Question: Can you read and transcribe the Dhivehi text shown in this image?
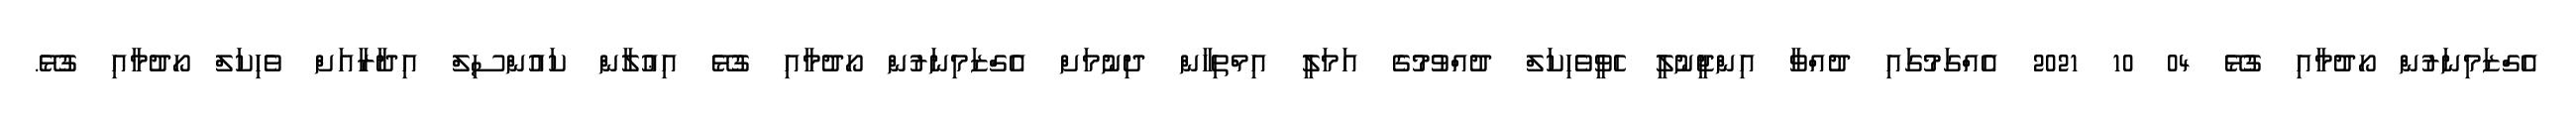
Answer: އެގްޒަމިނަރުން ހޯދުމާއި ގުޅޭ 04 10 2021 އެއްގަމުގައި ދުއްވާ އިންޖީނުލީ ހެވީވެހިކަލް ދުއްވުމުގެ އަމަލީ އިމްތިހާން ދިނުމަށް އެގްޒަމިނަރުން ހޯދުމާއި ގުޅޭ އިޢުލާން ކައުންސިލް އިދާރާއަށް ވެހިކަލް ހޯދުމާއި ގުޅޭ.